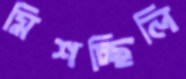
মিশচ্ছিলি